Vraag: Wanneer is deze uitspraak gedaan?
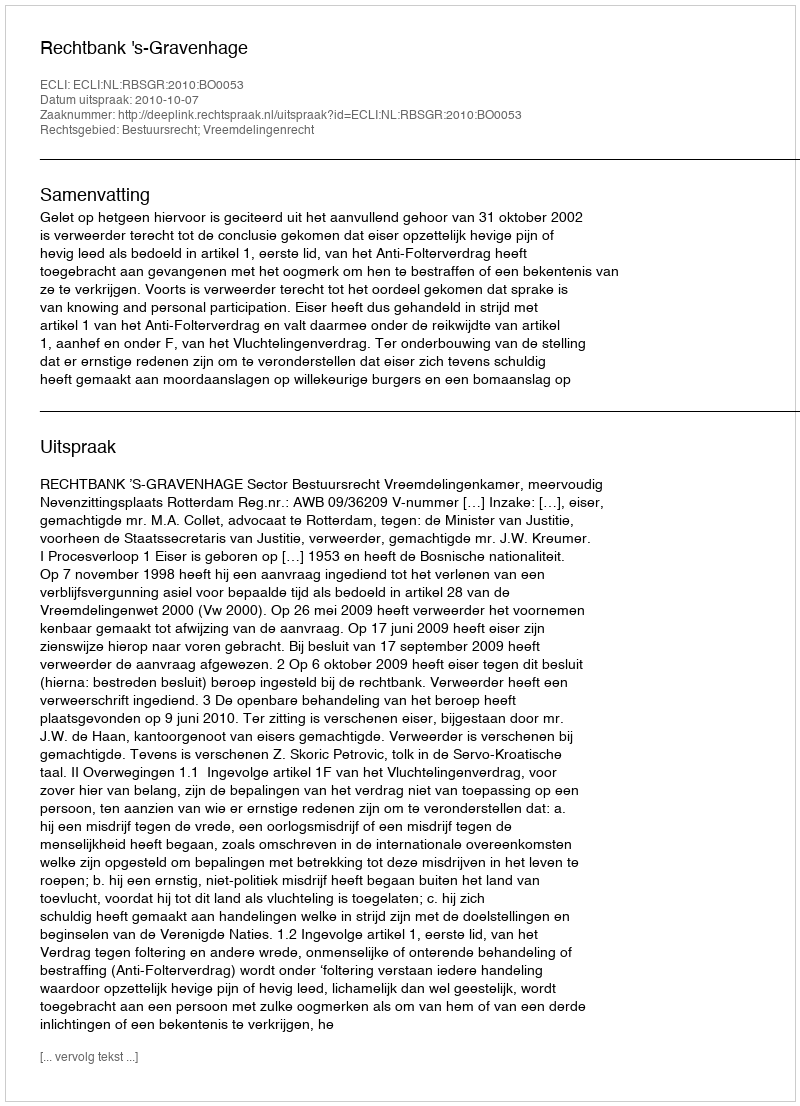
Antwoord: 2010-10-07